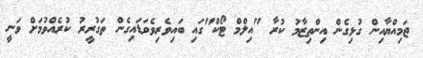
ޖަމިއްޔާއިން ގުޅިގެން އިންތިޒާމު ކުރާ "އިލްމް ޓޯކް"ގައި ބައިވެރިވެވަޑައިގެން ތަގުރީރު ކުރެއްވުމަށް ވަނީ